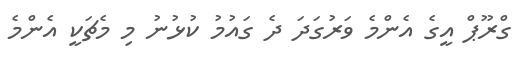
ގްރޫޕް އީގެ އެންމެ ވަރުގަދަ ދެ ގައުމު ކުޅުނު މި މެޗަކީ އެންމެ